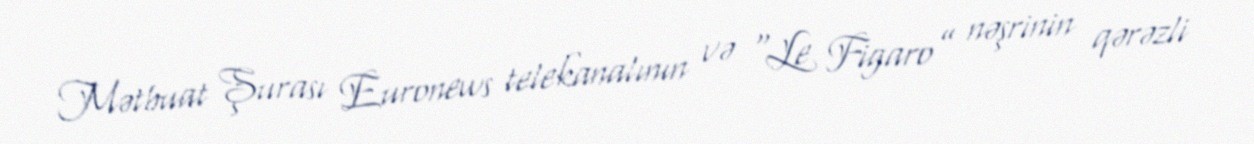
Mətbuat Şurası Euronews telekanalının və “Le Figaro” nəşrinin qərəzli